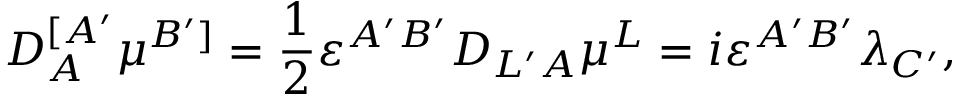
{ \cal D } _ { A } ^ { [ A ^ { \prime } } \mu ^ { B ^ { \prime } ] } = \frac { 1 } { 2 } \varepsilon ^ { A ^ { \prime } B ^ { \prime } } { \cal D } _ { L ^ { \prime } A } \mu ^ { L } = i \varepsilon ^ { A ^ { \prime } B ^ { \prime } } \lambda _ { C ^ { \prime } } ,